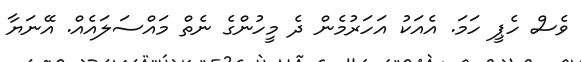
ވެސް ހެޕީ ހަމަ. އެއަކު އަހަރުމެން ދެ މީހުންގެ ނެތް މައްސަލައެއް. އޭނަޔާ